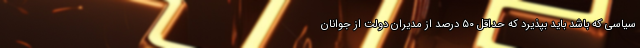
سیاسی که باشد باید بپذیرد که حداقل ۵۰ درصد از مدیران دولت از جوانان